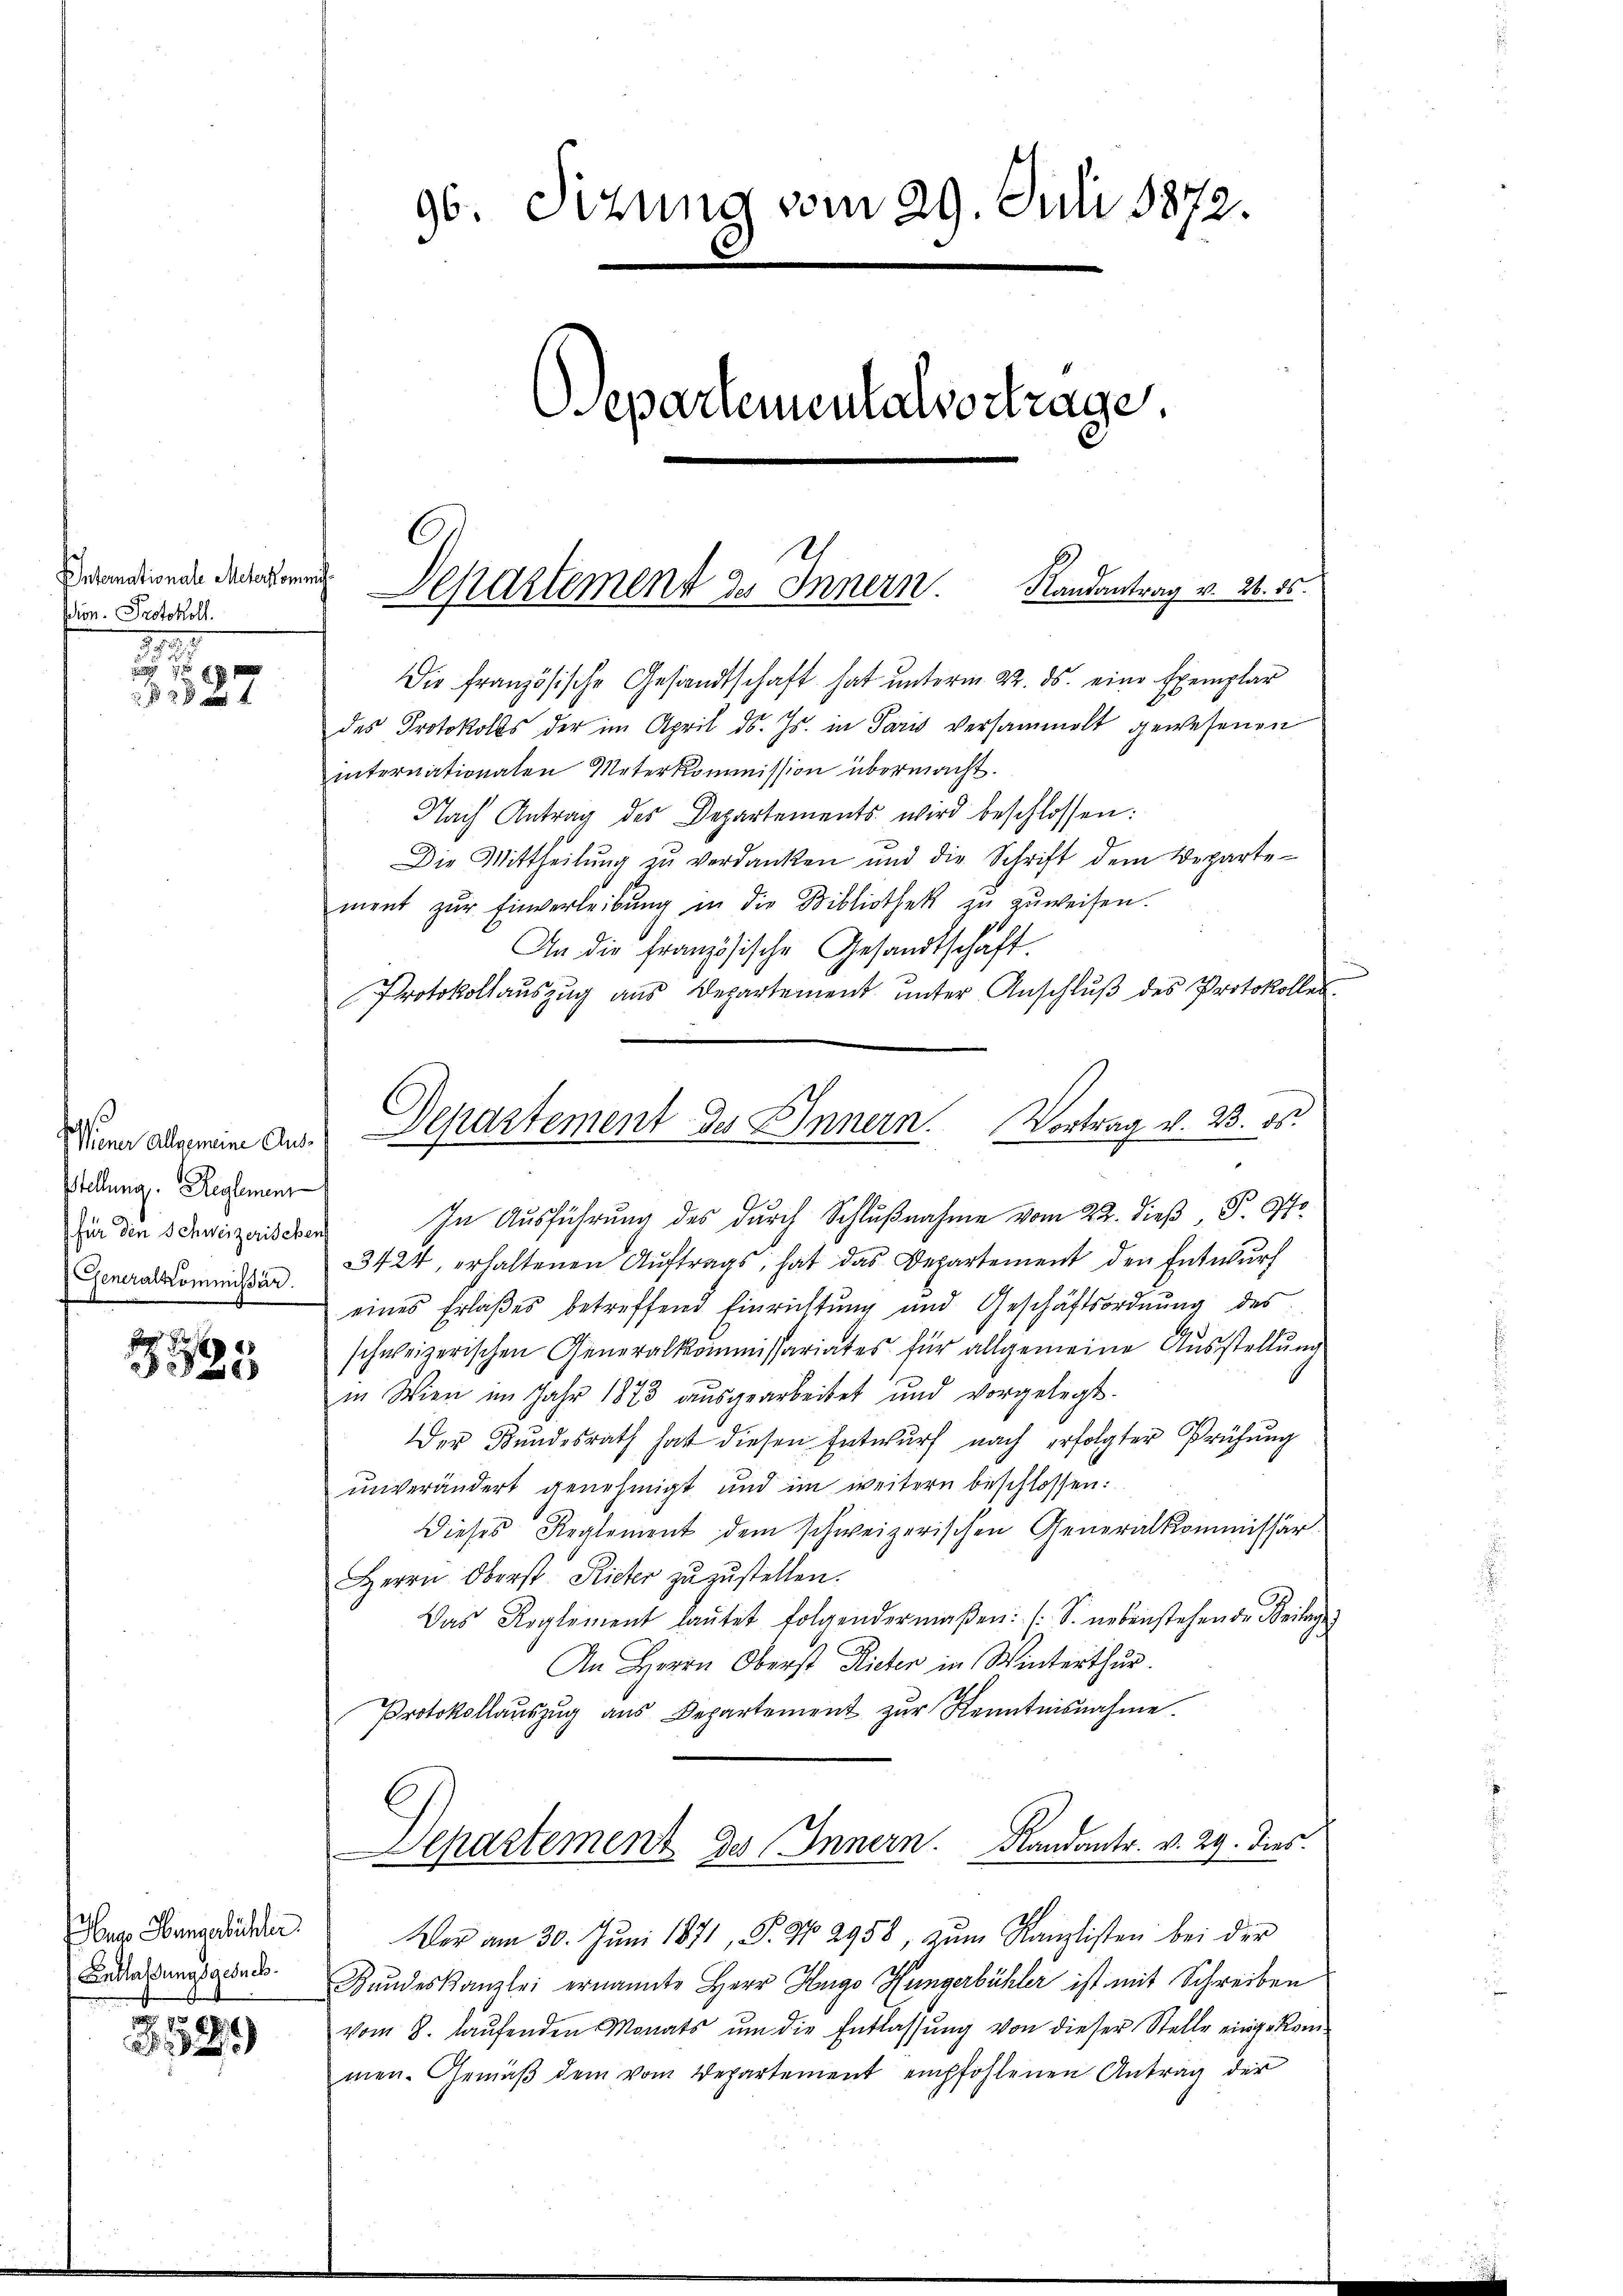
Internationale Meterkommni
Vion. Protokoll.
1

xxx
f 2 x xx

s
Wiener Allgemeine Aus¬
Stellung. Reglement
für den Schweizerischen
Generalkommissär

48
20

Aug. Wangebüchler
Entlaßungsgesuch

2

96. Sizung vom 29. Juli 1872.
epartementalvertrage.

Die französische Gesandtschaft hat unterm 22. ds. eine Exemplar
des Protokolls der im April d. Js. in Paris versammelt gewesenen
internationalen Unterkommission übermacht.
Nach Antrag des Departements wird beschlossen:
Die Mittheilŭng zŭ verdanken und die Schrift dem Veparte
ment zŭr Einverleibŭng in die Bibliothek zu zuweisen.
An die französische Gesandtschaft.
Protokollaŭszŭg aŭs Departement ŭnter Anschlŭβ des Protokolles.
In Ausführung des durch Schlußnahme vom 22. dieß P. J.
3424, erhaltenen Auftrags, hat das Departement den Entwurf
eines Erlaßes betreffend Einrichtung und Geschäftsordnung des
schweizerischen Generalkommissariates für allgemeine Ausstellung
in Wien im Jahr 1873 ausgearbeitet und vorgelegt.
Der Bundesrath hat diesen Entwurf nach erfolgter Prüfung
unverändert genehmigt und im weitern beschlossen:
Dieses Reglement dem schweizerischen Generalkommissär
Herrn Oberst Rieter zuzustellen.
Das Reglement laŭtet folgendermaßen: (S. nebenstehende Beilage
An Herrn Oberst Rieter in Winterthur.
Protokollaŭszŭg aŭs Departement zŭr Kenntnisnahme.
C
Separtement des Innern. Randantr. v. 29. dies
Wer am 30. Jŭni 1871, P. Nr. 2958, zŭm Kanzlisten bei der
Bundeskanzlei ernannte Herr Hugo Hungerbühler ist mit Schreiben
vom 8. laŭfenden Monats ŭm die Entlassŭng von dieser Stelle eingekommen. Gemäß dem vom Departement empfohlenen Antrag der

Departement des Innern. Randantrag v. 26. 15.

Departement des Innern. Vortrag v. 23. ds.